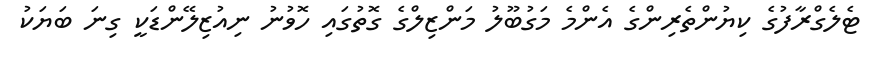
ޓެލެގްރާފުގެ ކިޔުންތެރިންގެ އެންމެ މަގުބޫލު މަންޒިލްގެ ގޮތުގައި ހޮވުނު ނިއުޒިލޭންޑަކީ ގިނަ ބަޔަކު